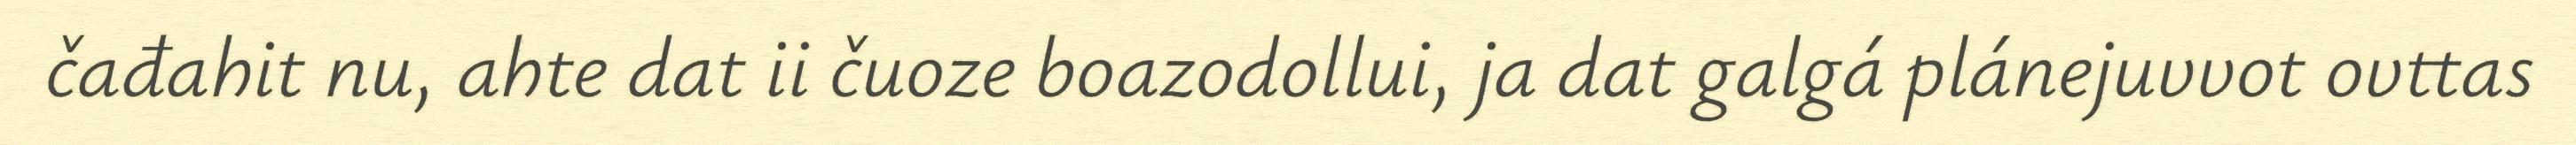
čađahit nu, ahte dat ii čuoze boazodollui, ja dat galgá plánejuvvot ovttas